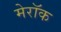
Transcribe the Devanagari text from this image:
मेरॉक